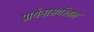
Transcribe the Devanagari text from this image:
प्रार्थनासंगीतात